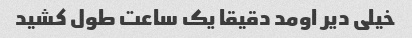
خیلی دیر اومد دقیقا یک ساعت طول کشید